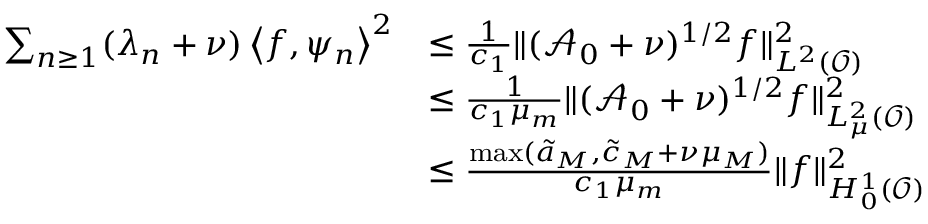
\begin{array} { r l } { \sum _ { n \geq 1 } ( \lambda _ { n } + \nu ) \left< f , \psi _ { n } \right> ^ { 2 } } & { \leq \frac { 1 } { c _ { 1 } } \Vert ( \mathcal { A } _ { 0 } + \nu ) ^ { 1 / 2 } f \Vert _ { L ^ { 2 } ( \mathcal { O } ) } ^ { 2 } } \\ & { \leq \frac { 1 } { c _ { 1 } \mu _ { m } } \Vert ( \mathcal { A } _ { 0 } + \nu ) ^ { 1 / 2 } f \Vert _ { L _ { \mu } ^ { 2 } ( \mathcal { O } ) } ^ { 2 } } \\ & { \leq \frac { \operatorname* { m a x } ( \tilde { a } _ { M } , \tilde { c } _ { M } + \nu \mu _ { M } ) } { c _ { 1 } \mu _ { m } } \Vert f \Vert _ { H _ { 0 } ^ { 1 } ( \mathcal { O } ) } ^ { 2 } } \end{array}